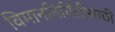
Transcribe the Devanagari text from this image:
विमाननिर्मितीसाठी